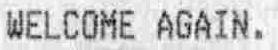
WELCOME AGAIN.